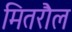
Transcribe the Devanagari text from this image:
मितरौल